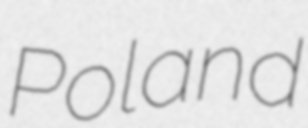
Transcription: Poland